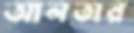
আলতার